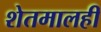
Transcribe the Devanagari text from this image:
शेतमालही